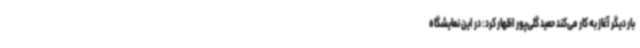
بار دیگر آغاز به کار می‌کند حمید گلی‌پور اظهار کرد: در این نمایشگاه